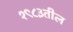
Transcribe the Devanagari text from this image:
१९८३तील